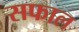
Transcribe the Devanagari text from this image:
सफाल